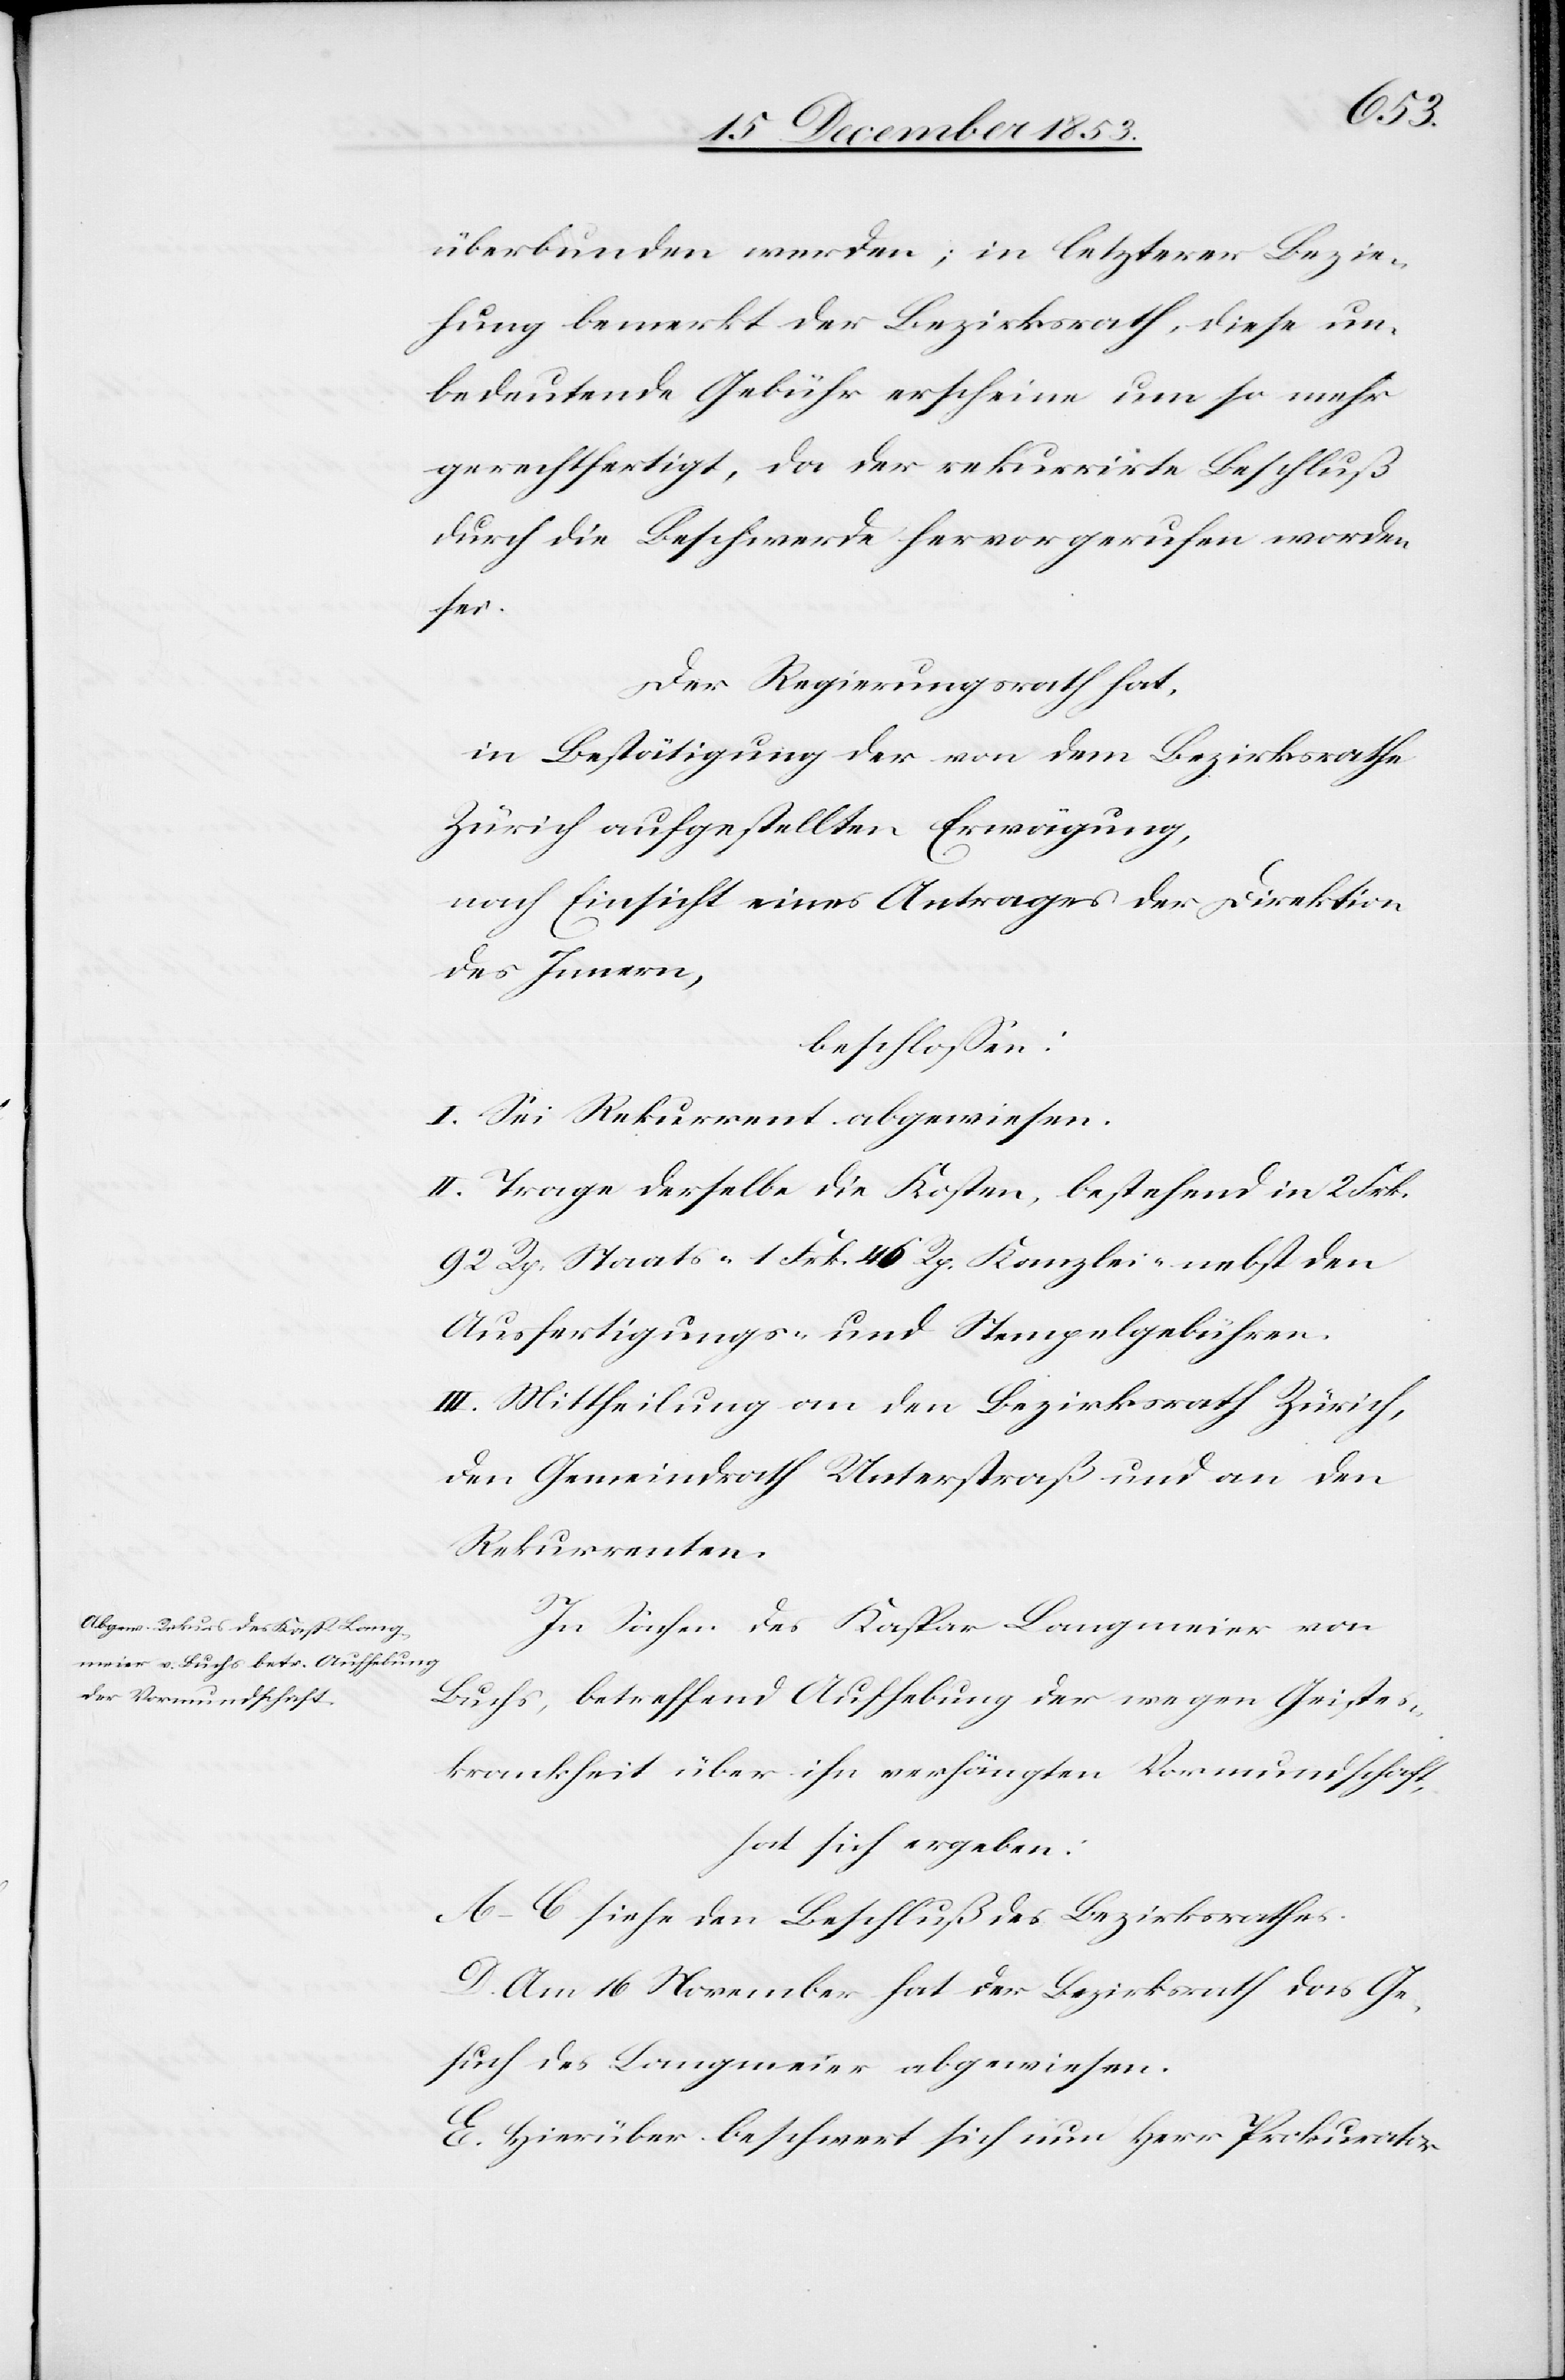
überbunden werden; in letzterer Bezie¬
hung bemerkt der Bezirksrath, diese un¬
bedeutende Gebühr erscheine um so mehr
gerechtfertigt, da der rekurrirte Beschluß
durch die Beschwerde hervorgerufen worden
sei.
Der Regierungsrath hat,
in Bestätigung der von dem Bezirksrathe
Zürich aufgestellten Erwägung,
nach Einsicht eines Antrages der Direktion
des Innern,
beschloßen:
I. Sei Rekurrent abgewiesen.
II. Trage derselbe die Kosten, bestehend in 2 Frk.
92 Rp. Staats- 1 Frk. 46 Rp. Kanzlei- nebst den
Ausfertigungs- u. Stempelgebühren.
III. Mittheilung an den Bezirksrath Zürich,
den Gemeindrath Unterstraß und an den
Rekurrenten.
In Sachen des Kaspar Langmeier von
Buchs, betreffend Aufhebung der wegen Geistes¬
krankheit über ihn verhängten Vormundschaft,
hat sich ergeben:
A–C siehe den Beschluß des Bezirksrathes.
D. Am 16 November hat der Bezirksrath das Ge¬
such des Langmeier abgewiesen.
E. Hierüber beschwert sich nun Herr Prokurator